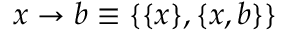
x \rightarrow b \equiv \{ \{ x \} , \{ x , b \} \}